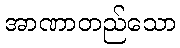
အာဏာတည်သော